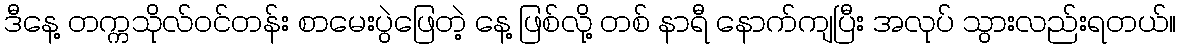
ဒီနေ့ တက္ကသိုလ်ဝင်တန်း စာမေးပွဲဖြေတဲ့ နေ့ ဖြစ်လို့ တစ် နာရီ နောက်ကျပြီး အလုပ် သွားလည်းရတယ်။